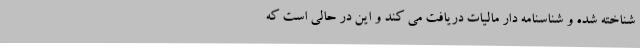
شناخته شده و شناسنامه دار مالیات دریافت می کند و این در حالی است که